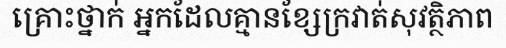
គ្រោះថ្នាក់ អ្នកដែលគ្មានខ្សែក្រវាត់សុវត្ថិភាព